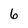
Character: 6